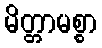
မိတ္တာမစ္စာ